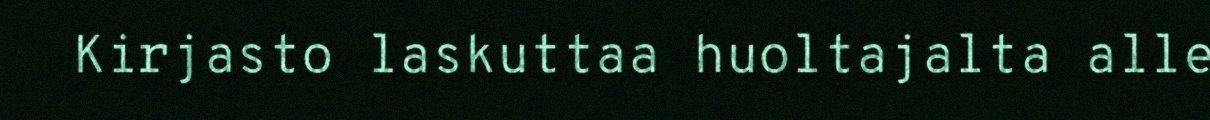
Kirjasto laskuttaa huoltajalta alle